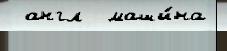
 англ  маши́на